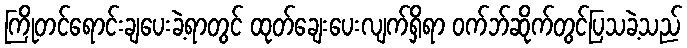
ကြိုတင်ရောင်းချပေးခဲ့ရာတွင် ထုတ်ချေးပေးလျက်ရှိရာ ဝက်ဘ်ဆိုက်တွင်ပြသခဲ့သည်